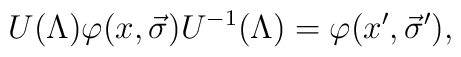
U(\Lambda)\varphi(x,\vec{\sigma})U^{-1}(\Lambda)=\varphi(x',\vec{\sigma}'),